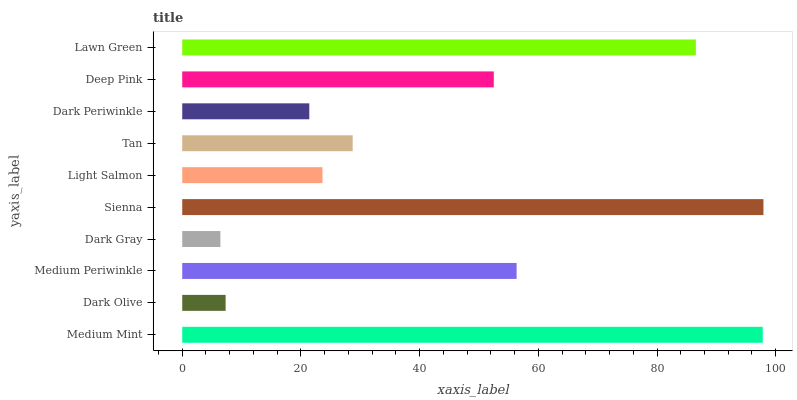
| yaxis_label | bars |
 | --- | --- |
 | Medium Mint | 97.8 |
 | Dark Olive | 7.31 |
 | Medium Periwinkle | 56.3 |
 | Dark Gray | 6.43 |
 | Sienna | 97.9 |
 | Light Salmon | 23.6 |
 | Tan | 28.7 |
 | Dark Periwinkle | 21.4 |
 | Deep Pink | 52.5 |
 | Lawn Green | 86.5 |